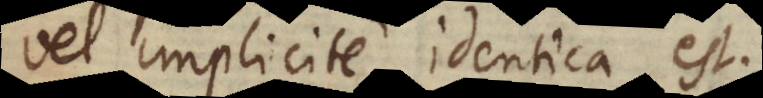
vel implicite identica est.